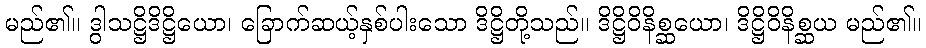
မည်၏။ ဒွါသဋ္ဌိဒိဋ္ဌိယော၊ ခြောက်ဆယ့်နှစ်ပါးသော ဒိဋ္ဌိတို့သည်။ ဒိဋ္ဌိဝိနိစ္ဆယော၊ ဒိဋ္ဌိဝိနိစ္ဆယ မည်၏။